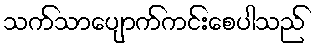
သက်သာပျောက်ကင်းစေပါသည်